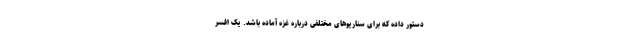
دستور داده که برای سناریوهای مختلفی درباره غزه آماده باشد. یک افسر